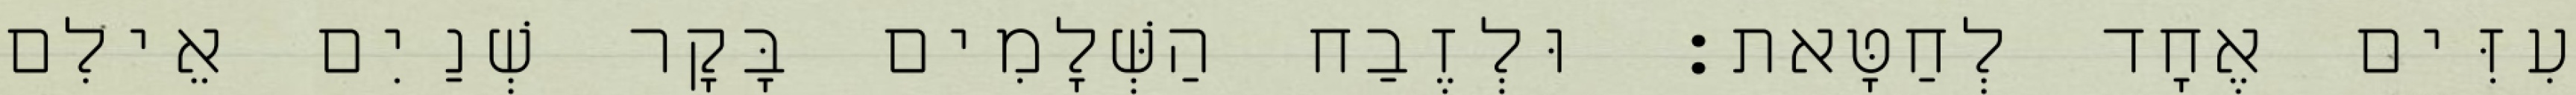
עִזִּים אֶחָד לְחַטָּאת׃ וּלְזֶבַח הַשְּׁלָמִים בָּקָר שְׁנַיִם אֵילִם